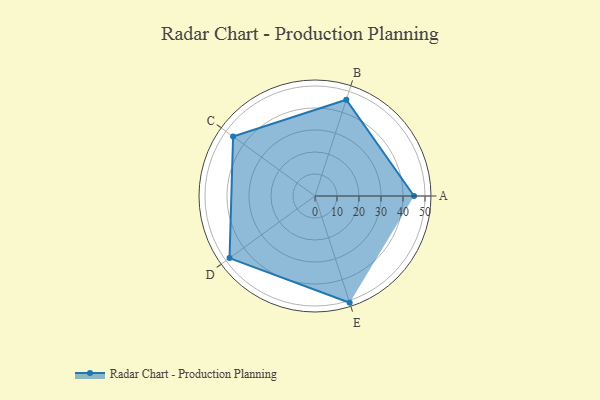
{"axis": {"x": "Skill", "y": "Score"}, "legend": ["Profile"], "data": [{"x": "A", "y": 45.0, "type": "Profile"}, {"x": "B", "y": 46.0, "type": "Profile"}, {"x": "C", "y": 46.0, "type": "Profile"}, {"x": "D", "y": 48.0, "type": "Profile"}, {"x": "E", "y": 51.0, "type": "Profile"}]}